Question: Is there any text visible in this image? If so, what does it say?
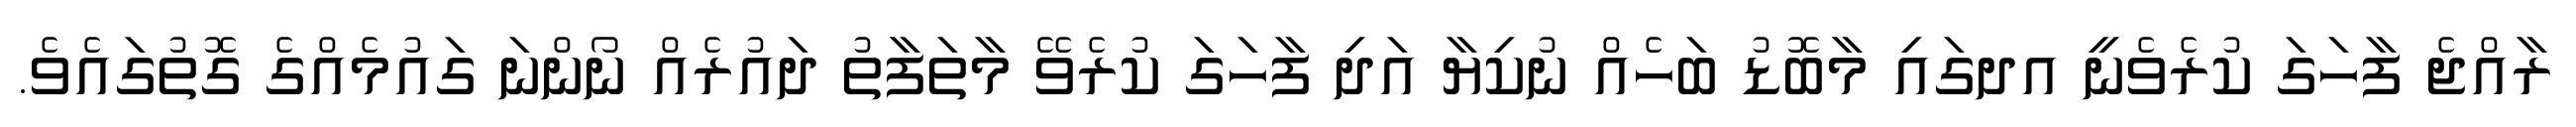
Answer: ރާއްޖެ ފާހަގަ ކުރެވެނީ އދގައި މާބޮޑު ބަހެއް ނުކިޔާ އަދި ފާހަގަ ކުރެވޭ މާތަފާތު ދައުރެއް ނޯންނަ ގައުމެއްގެ ގޮތުގައެވެ.